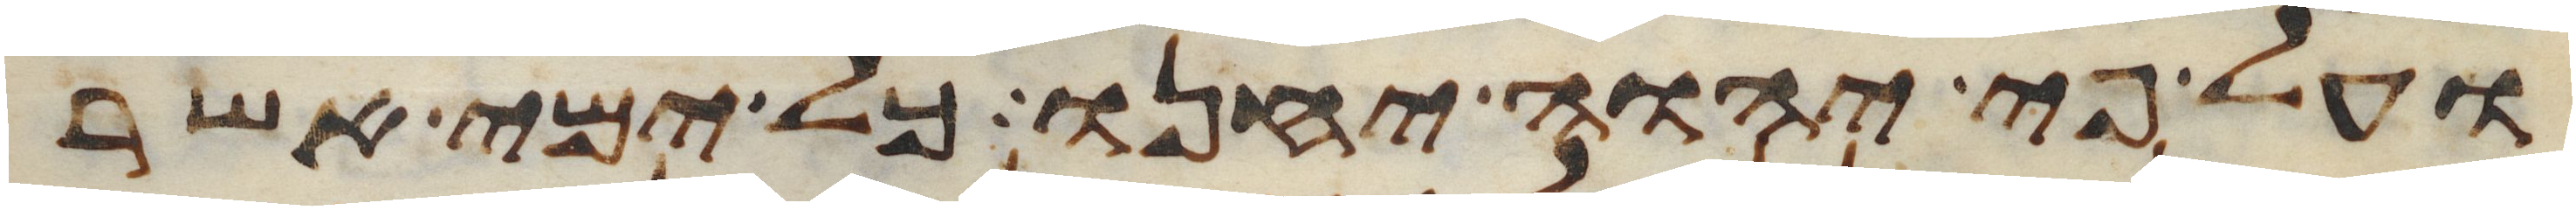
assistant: ועל פי יהוה יחנו כל ימי אשר